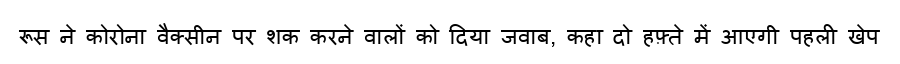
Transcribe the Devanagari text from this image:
रूस ने कोरोना वैक्सीन पर शक करने वालों को दिया जवाब, कहा दो हफ़्ते में आएगी पहली खेप